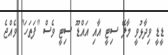
ޑީޑީ ވިދާޅުވީ މާލޭ ސިޓީ އާއި އައްޑޫ ސިޓީ ވެސް "ފަތަހަ" ވެއްޖެ